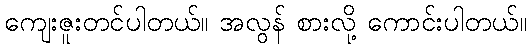
ကျေးဇူးတင်ပါတယ်။ အလွန် စားလို့ ကောင်းပါတယ်။